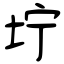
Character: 坾